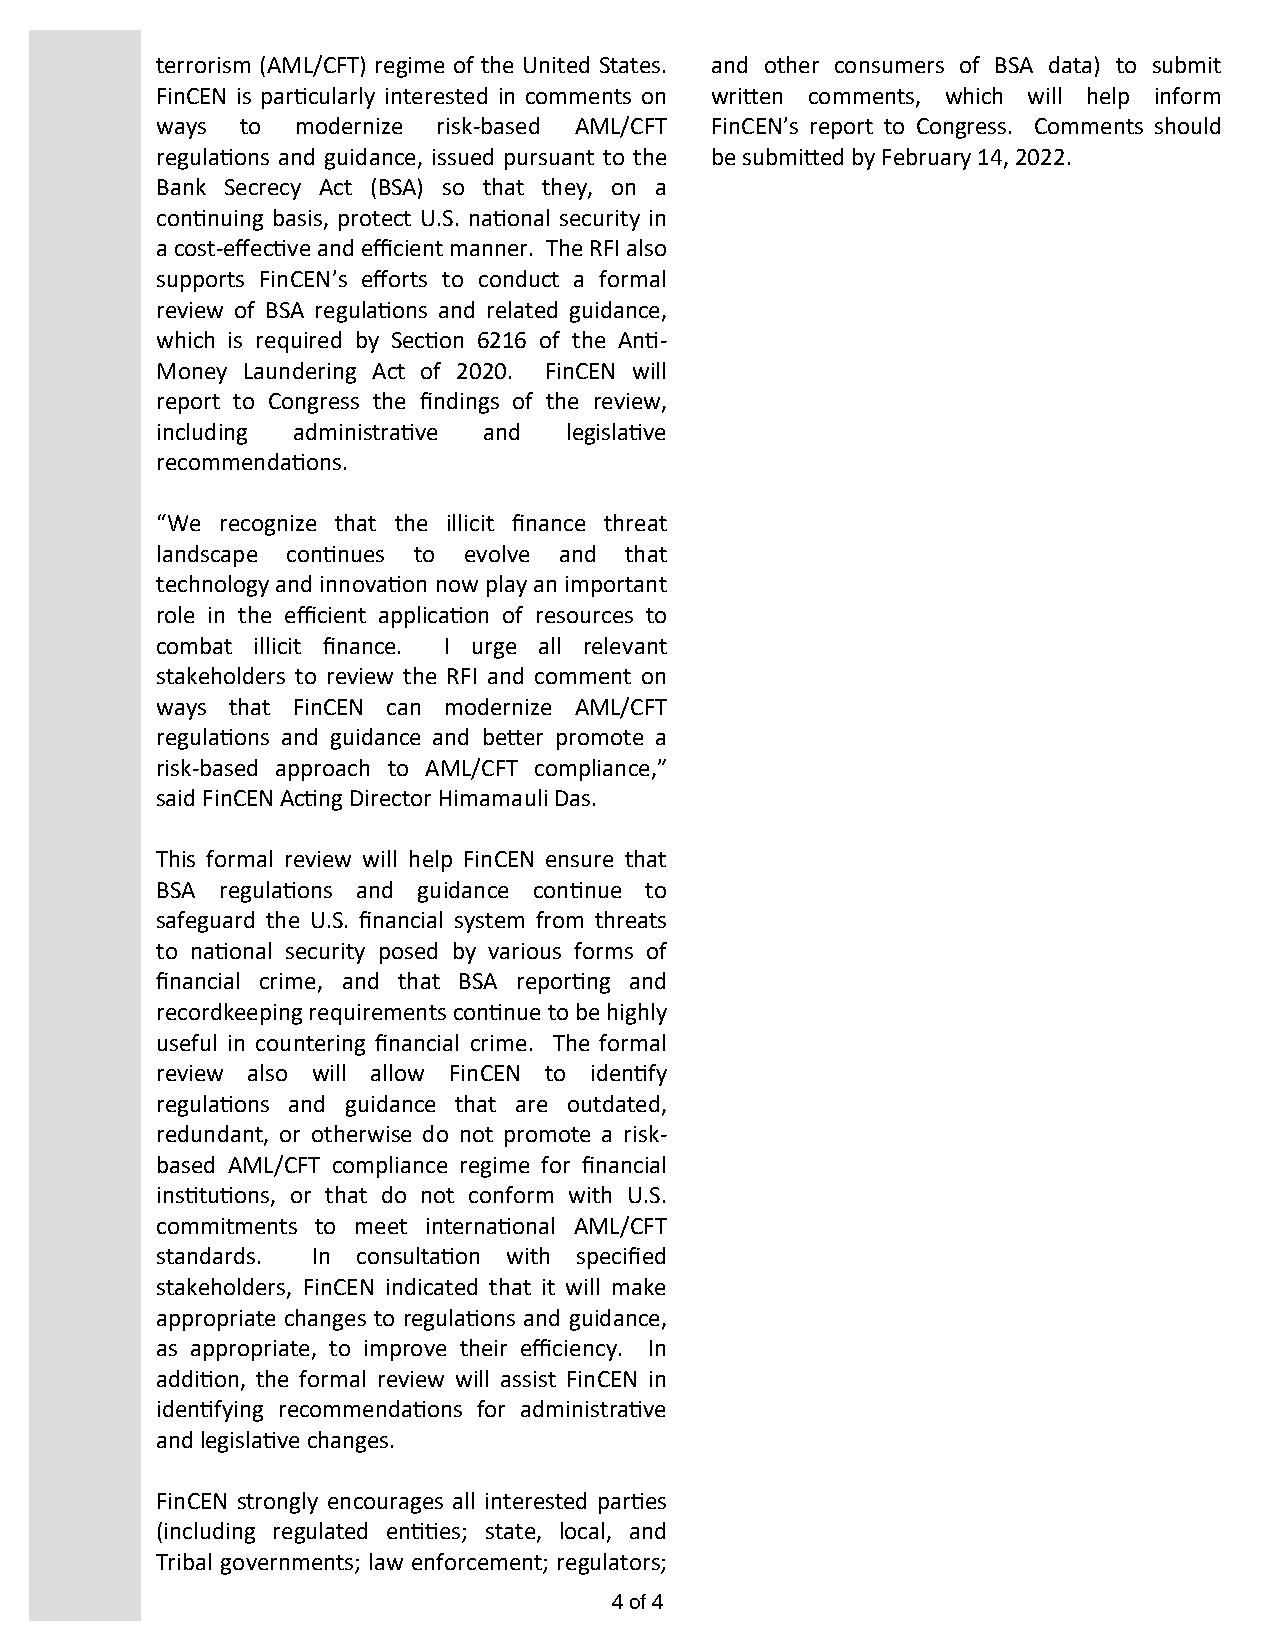
terrorism (AML/CFT) regime of the United States. and other consumers of BSA data) to submit
 FinCEN is particularly interested in comments on written comments, which will help inform
 ways  to  modernize risk-based AML/CFT FinCEN’s report to Congress. Comments should
 regulations and guidance, issued pursuant to the be submitted by February 14, 2022.
 Bank Secrecy Act (BSA) so that they, on a
 continuing basis, protect U.S. national security in
 a cost-effective and efficient manner. The RFI also
 supports FinCEN’s efforts to conduct a formal
 review of BSA regulations and related guidance,
 which is required by Section 6216 of the Anti-
 Money Laundering Act of 2020. FinCEN will
 report to Congress the findings of the review,
 including administrative and legislative
 recommendations.
 “We  recognize that the illicit finance threat
 landscape continues to evolve and that
 technology and innovation now play an important
 role in the efficient application of resources to
 combat illicit finance. I urge all relevant
 stakeholders to review the RFI and comment on
 ways that FinCEN can modernize AML/CFT
 regulations and guidance and better promote a
 risk-based approach to AML/CFT compliance,”
 said FinCEN Acting Director Himamauli Das.
 This formal review will help FinCEN ensure that
 BSA  regulations and guidance continue to
 safeguard the U.S. financial system from threats
 to national security posed by various forms of
 financial crime, and that BSA reporting and
 recordkeeping requirements continue to be highly
 useful in countering financial crime. The formal
 review also will allow FinCEN to identify
 regulations and guidance that are outdated,
 redundant, or otherwise do not promote a risk-
 based AML/CFT compliance regime for financial
 institutions, or that do not conform with U.S.
 commitments to meet international AML/CFT
 standards. In consultation with specified
 stakeholders, FinCEN indicated that it will make
 appropriate changes to regulations and guidance,
 as appropriate, to improve their efficiency. In
 addition, the formal review will assist FinCEN in
 identifying recommendations for administrative
 and legislative changes.
 FinCEN strongly encourages all interested parties
 (including regulated entities; state, local, and
 Tribal governments; law enforcement; regulators;
 4 of 4